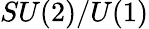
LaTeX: SU(2)/U(1)